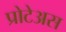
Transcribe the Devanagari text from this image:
प्रोटेअस